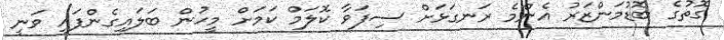
ގޮތުގެ ބޮޑުމަންޒަރު އެންމެ ރަނގަޅަށް ސިފަވާ ކޮލަމް ކަމަށް މީހުން ބަލައިގެންފައި ވަނީ